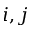
i , j